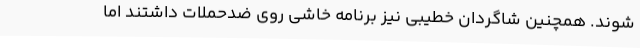
شوند. همچنین شاگردان خطیبی نیز برنامه خاشی روی ضدحملات داشتند اما